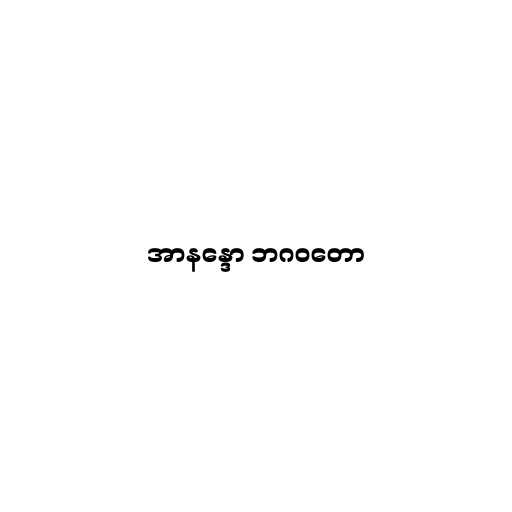
အာနန္ဒော ဘဂဝတော